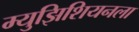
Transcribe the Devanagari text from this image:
म्युझिशियनला